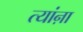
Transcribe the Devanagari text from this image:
त्यांऩा